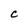
Character: C